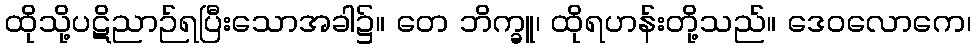
ထိုသို့ပဋိညာဉ်ရပြီးသောအခါ၌။ တေ ဘိက္ခူ၊ ထိုရဟန်းတို့သည်။ ဒေဝလောကေ၊